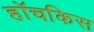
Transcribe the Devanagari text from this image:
हॉचकिस